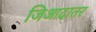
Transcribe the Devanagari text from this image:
जिआदातर